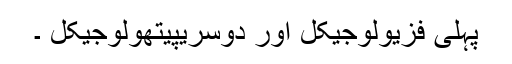
پہلی فزیولوجیکل اور دوسریپیتھولوجیکل ۔